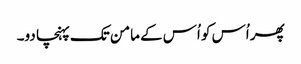
پھر اُس کو اُس کے مامن تک پہنچا دو۔